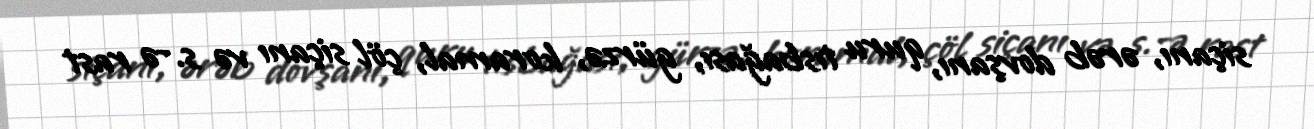
siçanı, ərəb dovşanı, quru tısbağası, gürzə, koramal, çöl siçanı və s.-ə rast